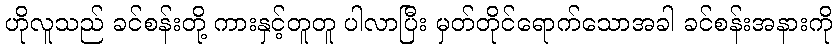
ဟိုလူသည် ခင်စန်းတို့ ကားနှင့်တူတူ ပါလာပြီး မှတ်တိုင်ရောက်သောအခါ ခင်စန်းအနားကို